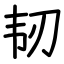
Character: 韧